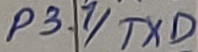
Text: P3.1/TXD